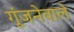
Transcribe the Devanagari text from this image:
गूंजनेवाले